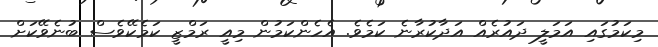
މިކަމުުގައި އަމަލީ ދައުރެއް އަދާކުރާނެ ކަމެވެ. އެހެންކަމުން މިއީ ރަމްޒީ ކަމެކޭވެސް ބުނެވޭކަށް